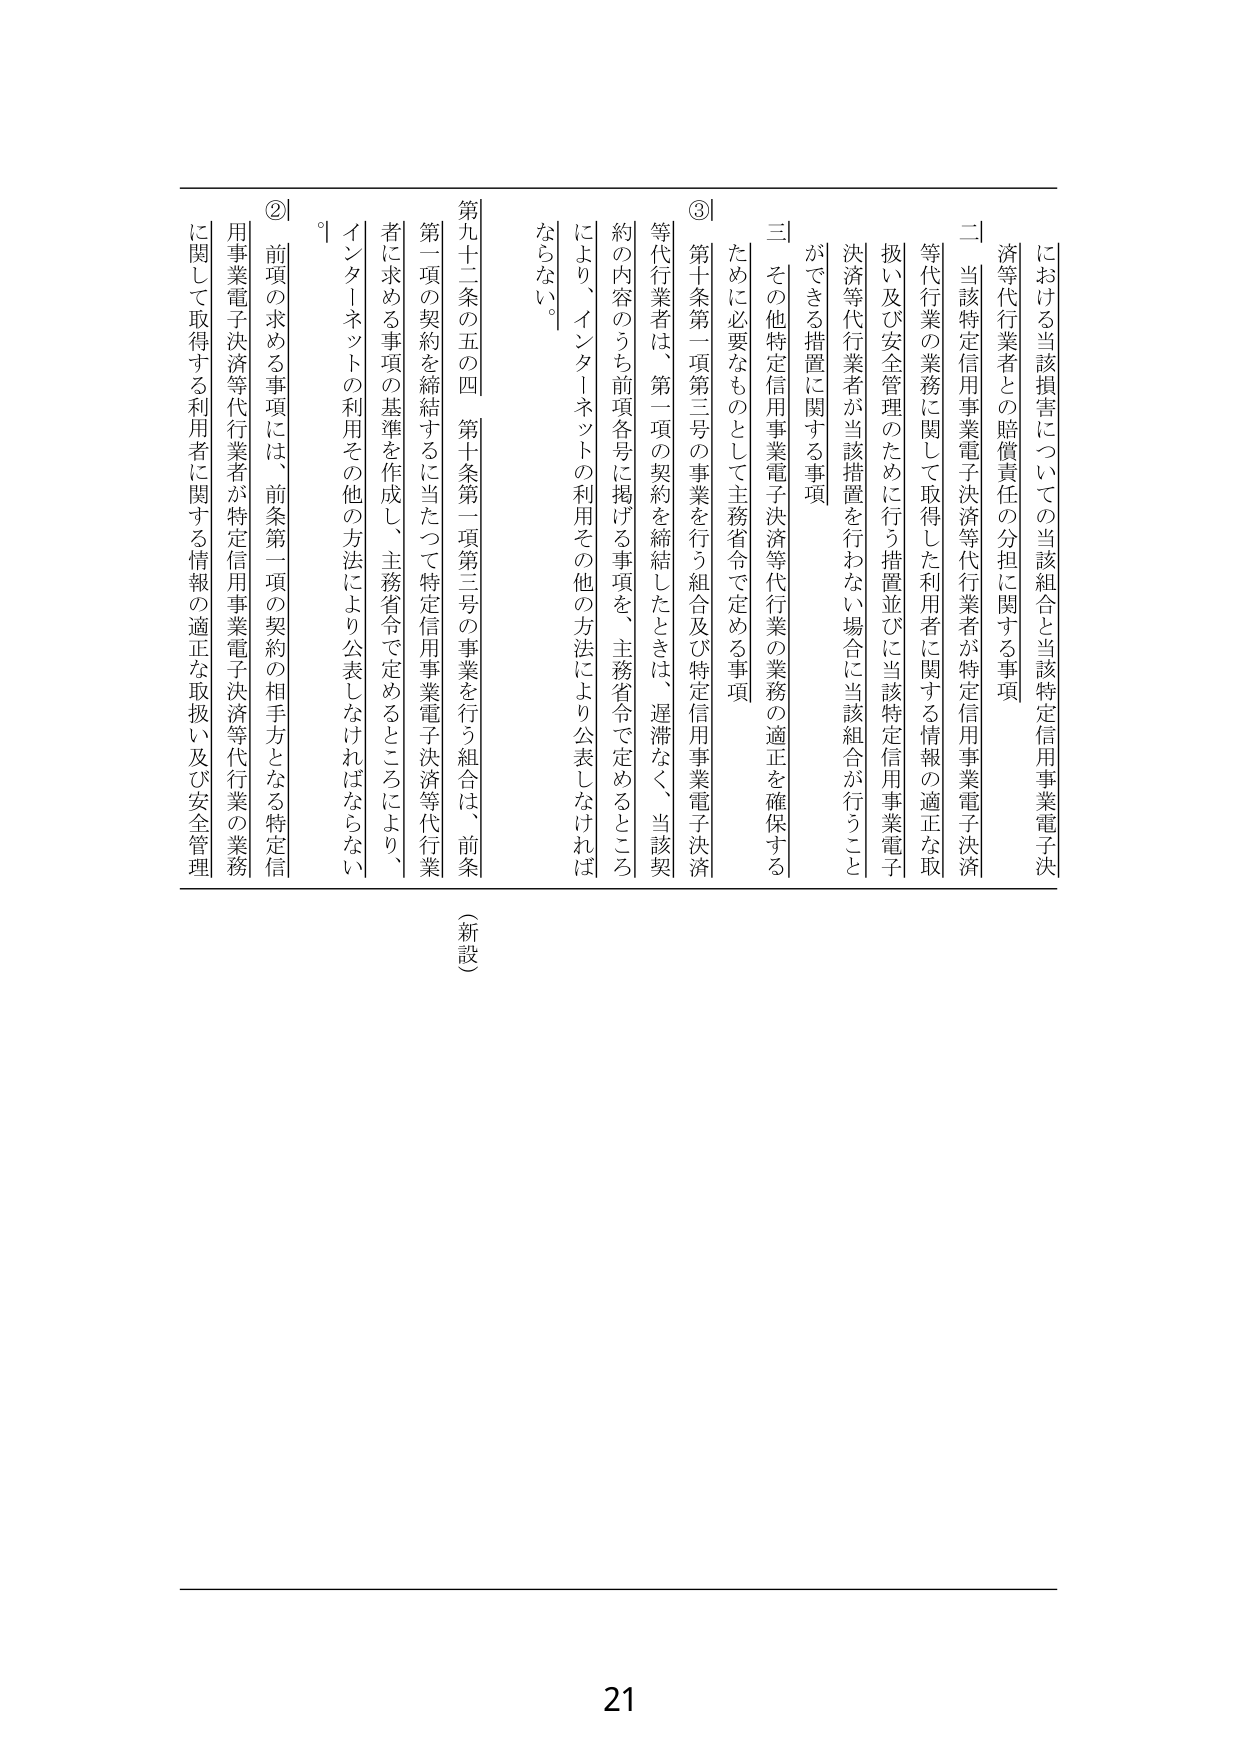
における当該損害についての当該組合と当該特定信用事業電子決
済等代行業者との賠償責任の分担に関する事項
二 当該特定信用事業電子決済等代行業者が特定信用事業電子決済
等代行業の業務に関して取得した利用者に関する情報の適正な取
扱い及び安全管理のために行う措置並びに当該特定信用事業電子
決済等代行業者が当該措置を行わない場合に当該組合が行うこと
ができる措置に関する事項
三 その他特定信用事業電子決済等代行業の業務の適正を確保する
ために必要なものとして主務省令で定める事項
③ 第十条第一項第三号の事業を行う組合及び特定信用事業電子決済
等代行業者は、第一項の契約を締結したときは、遅滞なく、当該契
約の内容のうち前項各号に掲げる事項を、主務省令で定めるところ
により、インターネットの利用その他の方法により公表しなければ
ならない。
第九十二条の五の四 第十条第一項第三号の事業を行う組合は、前条
第一項の契約を締結するに当たって特定信用事業電子決済等代行業
者に求める事項の基準を作成し、主務省令で定めるところにより、
インターネットの利用その他の方法により公表しなければならない
。
② 前項の求める事項には、前条第一項の契約の相手方となる特定信
用事業電子決済等代行業者が特定信用事業電子決済等代行業の業務
に関して取得する利用者に関する情報の適正な取扱い及び安全管理
（新設）
21